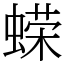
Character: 蝾